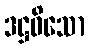
ဒဋ္ဌဝိသော